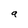
Character: 9